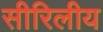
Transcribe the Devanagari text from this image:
सीरिलीय